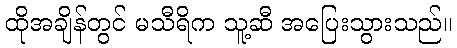
ထိုအချိန်တွင် မသီရိက သူ့ဆီ အပြေးသွားသည်။